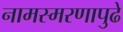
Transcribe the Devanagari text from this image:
नामस्मरणापुढे